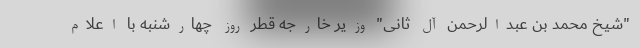
"شیخ محمد بن عبدالرحمن آل ثانی" وزیر خارجه قطر روز چهارشنبه با اعلام